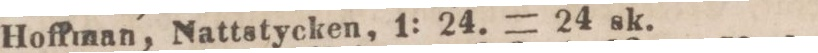
Hoffman, Nattstycken, 1: 24. = 24 sk.